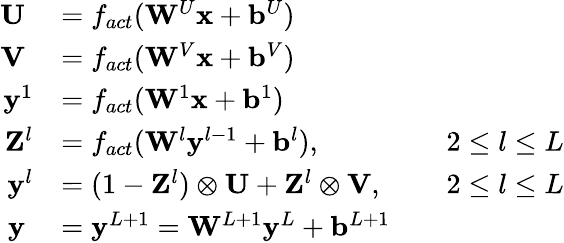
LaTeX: \begin{array}{rlrl}{\mathbf{U}\; }&{=f_{act}(\mathbf{W}^{U}\mathbf{x}+\mathbf{b}^{U})}&&{}\\ {\mathbf{V}\; }&{=f_{act}(\mathbf{W}^{V}\mathbf{x}+\mathbf{b}^{V})}&&{}\\ {\mathbf{y}^{1}}&{=f_{act}(\mathbf{W}^{1}\mathbf{x}+\mathbf{b}^{1})}&&{}\\ {\mathbf{Z}^{l}}&{=f_{act}(\mathbf{W}^{l}\mathbf{y}^{l-1}+\mathbf{b}^{l}),}&&{2\le l\le L}\\ {\mathbf{y}^{l}}&{=(1-\mathbf{Z}^{l})\otimes\mathbf{U}+\mathbf{Z}^{l}\otimes\mathbf{V},}&&{2\le l\le L}\\ {\mathbf{y}\; }&{=\mathbf{y}^{L+1}=\mathbf{W}^{L+1}\mathbf{y}^{L}+\mathbf{b}^{L+1}}&&{}\end{array}